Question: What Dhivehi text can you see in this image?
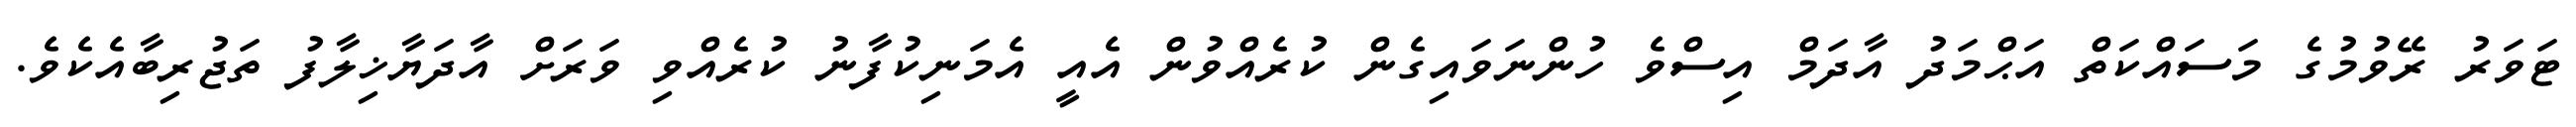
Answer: ޓަވަރު ރޭވުމުގެ މަސައްކަތް އަޙްމަދު އާދަމް އިސްވެ ހުންނަވައިގެން ކުރެއްވުން އެއީ އެމަނިކުފާނު ކުރެއްވި ވަރަށް އާދަޔާޚިލާފު ތަޖުރިބާއެކެވެ.